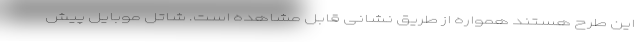
این طرح هستند همواره از طریق نشانی قابل مشاهده است. شاتل موبایل پیش